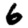
Digit: 6